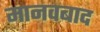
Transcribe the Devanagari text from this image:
मानवबाद